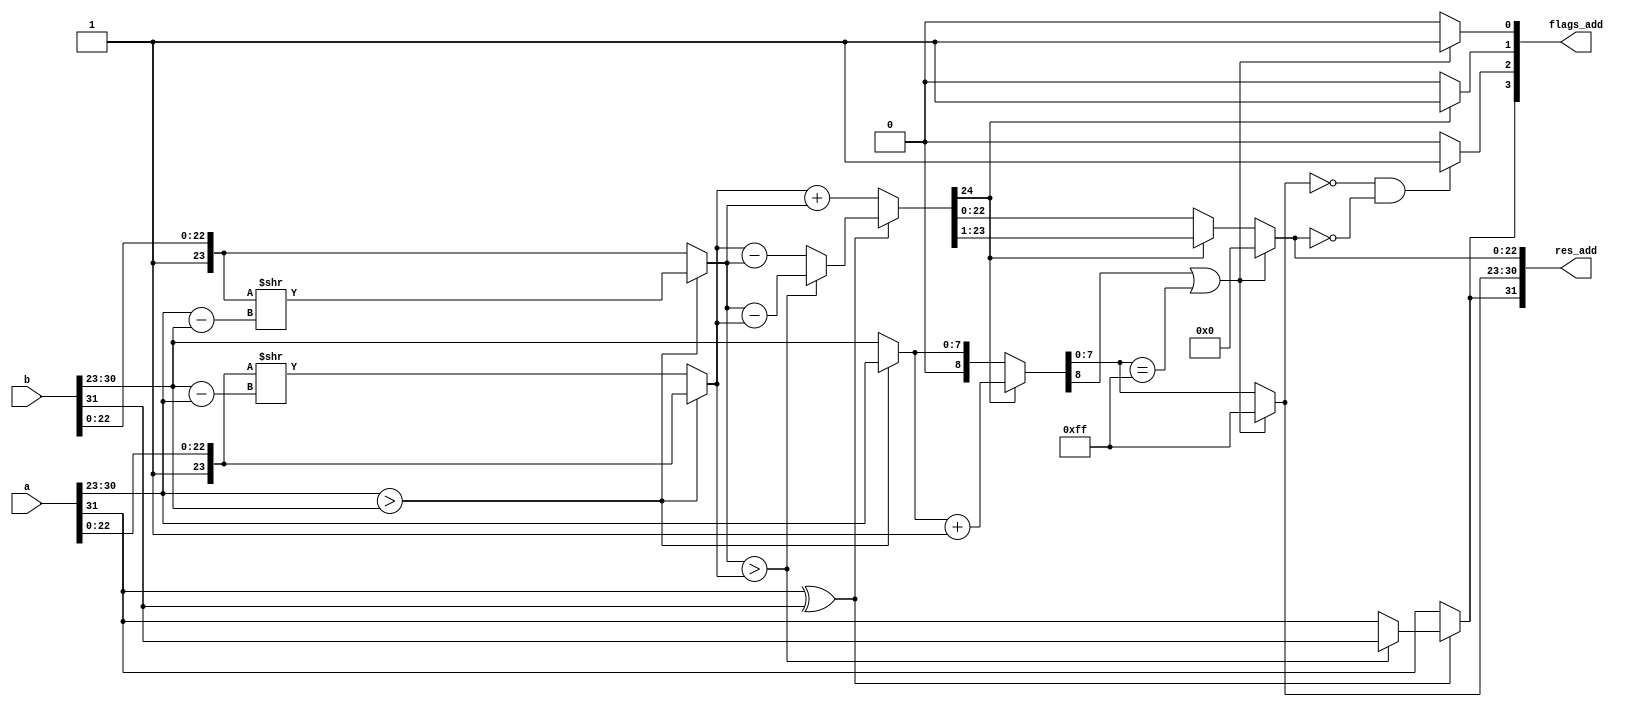
// 

module add_fp (
	a,
	b,
	res_add,
    flags_add
);
  // Parameteres
  parameter MANTISA_WIDTH = 23;
  parameter EXPONENT_WIDTH = 8;

  // Inputs & Outputs
  input wire [MANTISA_WIDTH+EXPONENT_WIDTH:0] a;
  input wire [MANTISA_WIDTH+EXPONENT_WIDTH:0] b;  
  output wire [MANTISA_WIDTH+EXPONENT_WIDTH:0] res_add;
  output wire [3:0] flags_add; // NZCV

  // Division de flags
  wire neg;
  reg zero;
  reg carry;
  reg overflow;

  // Extraccion de elementos de inputs
  wire [MANTISA_WIDTH:0] mantisa_a;
  wire [EXPONENT_WIDTH-1:0]  exponent_a;
  wire sign_a;
  wire [MANTISA_WIDTH:0] mantisa_b;
  wire [EXPONENT_WIDTH-1:0]  exponent_b;
  wire sign_b;


  assign sign_a = a[MANTISA_WIDTH+EXPONENT_WIDTH];
  assign exponent_a = a[MANTISA_WIDTH+EXPONENT_WIDTH-1:MANTISA_WIDTH];
  assign mantisa_a = {1'b1, a[MANTISA_WIDTH-1:0]};

  assign sign_b = b[MANTISA_WIDTH+EXPONENT_WIDTH];
  assign exponent_b = b[MANTISA_WIDTH+EXPONENT_WIDTH-1:MANTISA_WIDTH];
  assign mantisa_b = {1'b1, b[MANTISA_WIDTH-1:0]};
  

  // Ajuste de mantisa
  reg [EXPONENT_WIDTH-1:0]diff_exponente;
  reg [EXPONENT_WIDTH-1:0]big_exponent;
  reg [MANTISA_WIDTH:0]mant_a;
  reg [MANTISA_WIDTH:0]mant_b;

  always @(*) begin
      if (exponent_a > exponent_b) begin
          big_exponent = exponent_a;
          diff_exponente =  exponent_a-exponent_b;
          mant_a = mantisa_a;
          mant_b = mantisa_b>>diff_exponente;
      end
      else begin
          big_exponent = exponent_b;
          diff_exponente =  exponent_b-exponent_a;
          mant_a = mantisa_a>>diff_exponente;
          mant_b = mantisa_b;
      end
  end

  // Suma de mantisas
  reg [MANTISA_WIDTH+1:0]mant_sum;
  reg res_sign;

  always @(*) begin
      // Signos distintos
      if (sign_a^sign_b) begin
          if (mant_b > mant_a) begin
              res_sign = sign_b;
              mant_sum = mant_b-mant_a;
          end
          else begin
              res_sign = sign_a;
              mant_sum = mant_a-mant_b;
          end
      end
      // Signos iguales
      else begin
        mant_sum = mant_a+mant_b;
        res_sign = sign_a;
      end
  end
  
  // Ajuste de mantisa y exponente post suma (carry)
  reg [MANTISA_WIDTH-1:0]adjust_mant;
  reg [EXPONENT_WIDTH:0]adjust_exponent; // NOTE: aca es donde podria haber overflow de exponente (?). Como solucionar?
  always @(*) begin
      if(mant_sum[MANTISA_WIDTH+1]==1'b1) begin
          // CARRY
          carry = 1'b1;
          // Ajuste de mantisa
          adjust_mant = mant_sum[MANTISA_WIDTH:1]; // NOTE: aca se esta truncando la mantisa. Deberia ser aproximacion (?)
          // Ajuste de exponente
          adjust_exponent = big_exponent+1'b1;
      end
      else begin
          // SIN CARRY
          carry = 1'b0;
          // Ajuste de mantisa
          adjust_mant = mant_sum[MANTISA_WIDTH-1:0]; // NOTE: aca se esta truncando la mantisa. Deberia ser aproximacion (?)
          // Ajuste de exponente
          adjust_exponent = big_exponent;
      end
  end

  // Deteccion de overflow
  reg [MANTISA_WIDTH-1:0]res_mant;
  reg [EXPONENT_WIDTH-1:0] res_exponent;
  always @(*) begin
      //                Oveflow                 or            Infinite/Nan result
      if ( (adjust_exponent[EXPONENT_WIDTH]==1'b1) || (adjust_exponent[EXPONENT_WIDTH-1:0]== { EXPONENT_WIDTH {1'b1}}) ) begin
          // OVERFLOW
          overflow = 1'b1;
          // Infinite result
          res_exponent = {EXPONENT_WIDTH{1'b1}};
          res_mant = {MANTISA_WIDTH{1'b0}};
      end
      else begin
          // No overflow
          overflow = 1'b0;
          // Normal result
          res_exponent = adjust_exponent[EXPONENT_WIDTH-1:0];
          res_mant = adjust_mant;
      end
  end
  
  // Deteccion de flags NZ
  assign neg = res_sign;
  always @(*) begin
      if (
          res_exponent[EXPONENT_WIDTH-1:0]=={EXPONENT_WIDTH{1'b0}}
          &&
          res_mant=={MANTISA_WIDTH{1'b0}}
          ) begin
          zero = 1'b1;
      end
      else begin
          zero = 1'b0;
      end
  end

  // Obtencion de resultado
  assign res_add = {res_sign, res_exponent, res_mant};
  assign flags_add = {neg, zero, carry, overflow};
endmodule